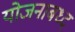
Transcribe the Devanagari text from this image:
योजनाबध्द